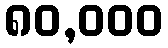
၈၀,၀၀၀